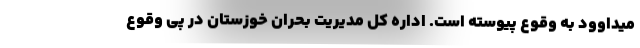
میداوود به وقوع پیوسته است. اداره کل مدیریت بحران خوزستان در پی وقوع